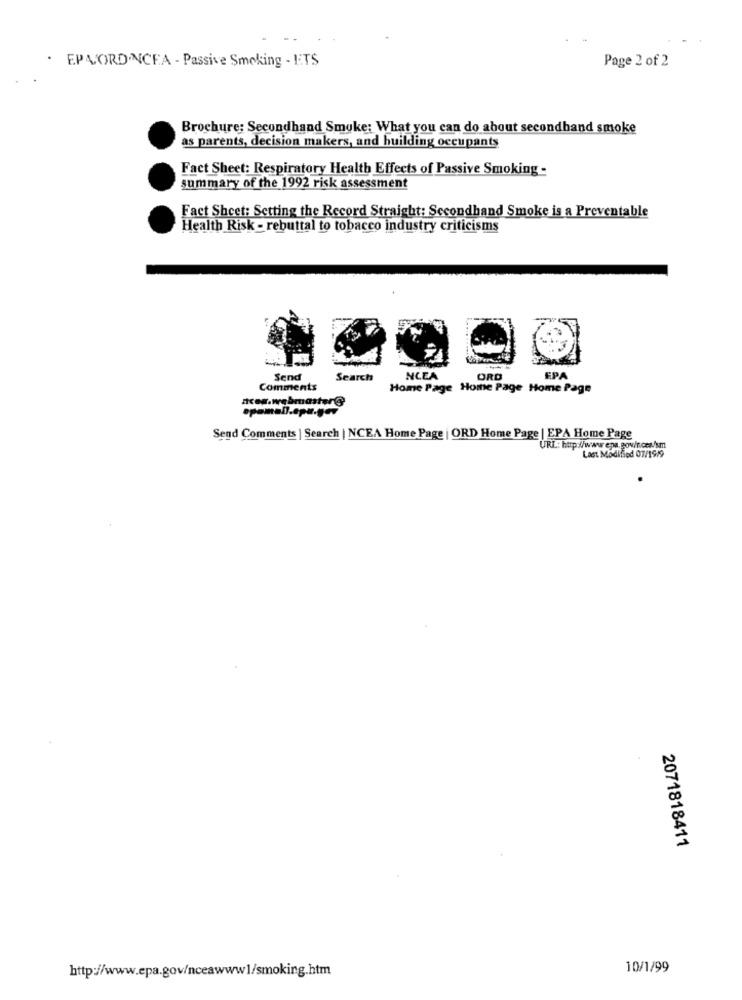
EPA/ORD.NCFA - Passive Smoking - ETS
Page 2 of 2
Brochure: Secondhand Smuke: What you can do about secondhand smoke
as parents, decision makers, and building occupants
Fact Sheet: Respiratory Health Effects of Passive Smoking-
summary of the 1992 risk assessment
Fact Sheet: Setting the Record Straight: Secondhand Smoke is a Preventable
Health Risk - rebuttal to tobacco industry criticisms
Send
Search
NCEA
ORD
EPA
Comments
Home Page Home Page Home Page
.webmaster@
Send Comments | Search | NCEA Home Page | ORD Home Page | EPA Home Page
Last Modified 07/1999
2071818411
http://www.epa.gov/nceawww1/smoking.htm
10/1/99